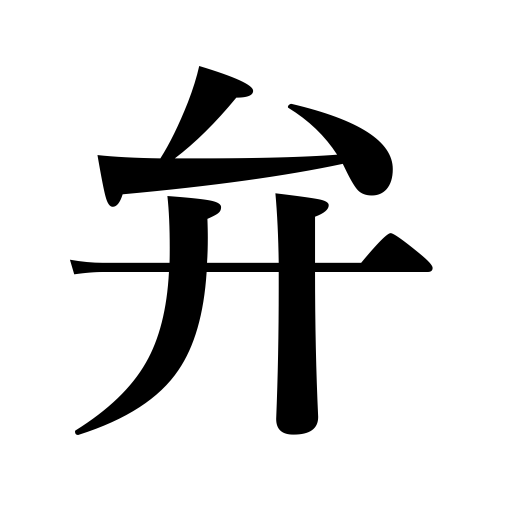
Meanings: discrimination,petal,speech,valve,dialect,braid,oratory